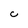
Character: C